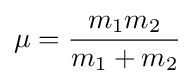
\mu ={\frac {m_{1}m_{2}}{m_{1}+m_{2}}}